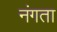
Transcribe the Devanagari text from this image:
नंगता